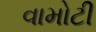
વામોટી